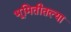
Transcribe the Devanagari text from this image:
भूमितीतल्या